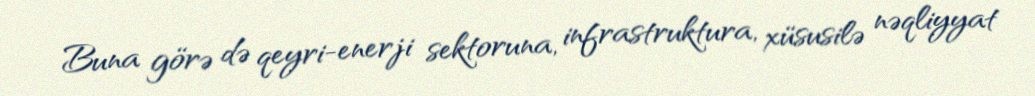
Buna görə də qeyri-enerji sektoruna, infrastruktura, xüsusilə nəqliyyat